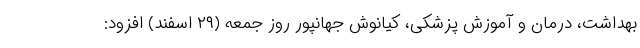
بهداشت، درمان و آموزش پزشکی، کیانوش جهانپور روز جمعه (۲۹ اسفند) افزود: